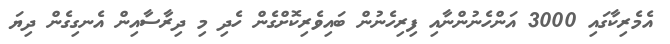
އެމެރިކާގައި 3000 އަންހެނުންނާއި ފިރިހެނުން ބައިވެރިކޮށްގެން ހެދި މި ދިރާސާއިން އެނގިގެން ދިޔަ